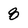
Character: 8